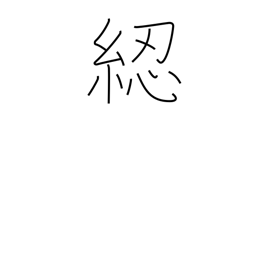
Meaning: reel